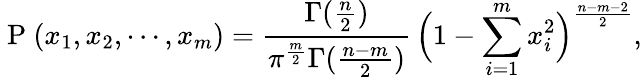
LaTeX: \mathrm{~P~}(x_{1},x_{2},\cdots,x_{m})=\frac{\Gamma(\frac{n}{2})}{\pi^{\frac{m}{2}}\Gamma(\frac{n-m}{2})}\, \Bigl(1-\sum_{i=1}^{m}x_{i}^{2}\Bigr)^{\frac{n-m-2}{2}},